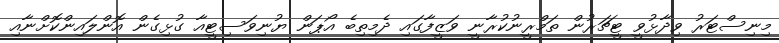
މިނިސްޓަރު ވިދާޅުވީ ޓީޗަރުން ތަމްރީނުކުރާނީ ވަޒީފާގައި ދެމިތިބެ އޯޕަން ޔުނިވަސިޓީއާ ގުޅިގެން އޮންލައިންކޮށްނާއި